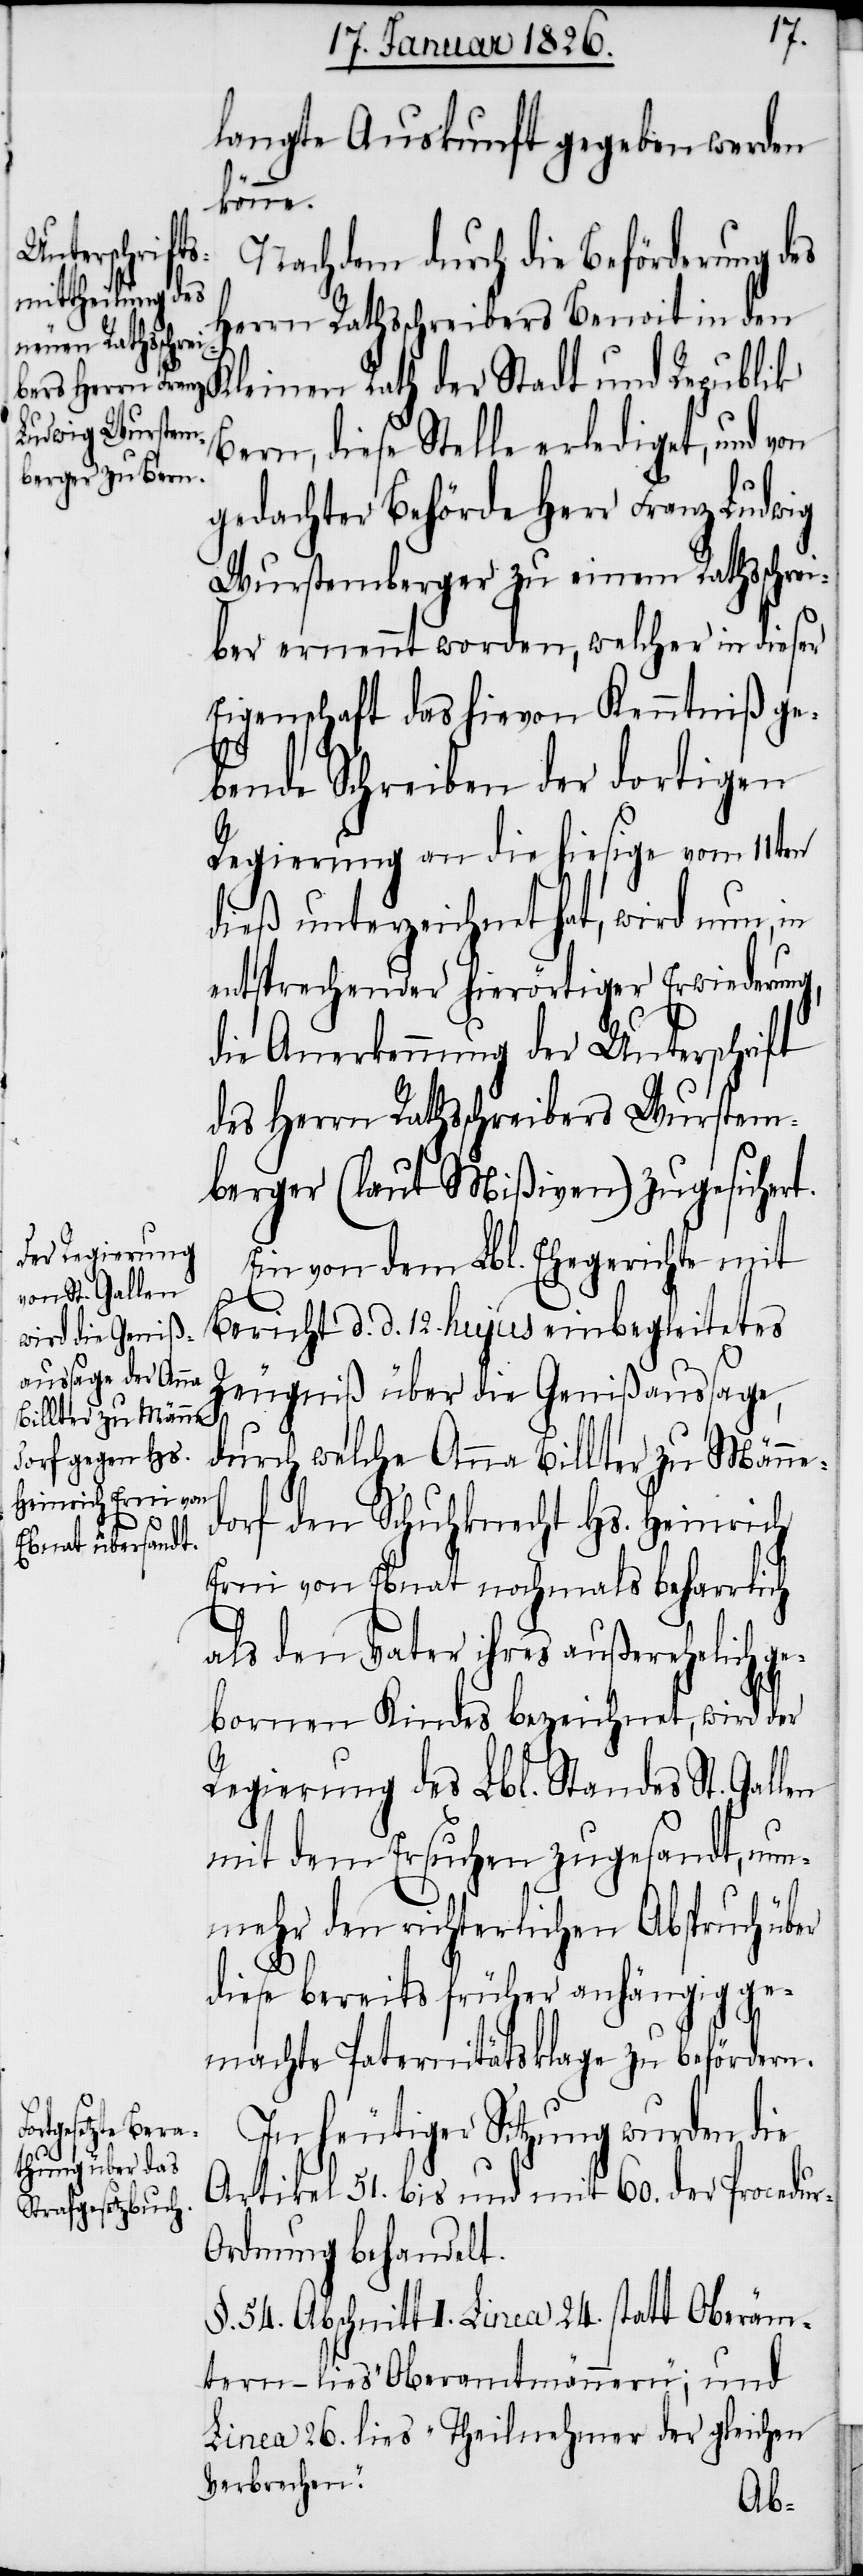
langte Auskunft gegeben werden
könne.
Nachdem durch die Beförderung des
Herrn Rathsschreibers Benoit in den
Kleinen Rath der Stadt und Republik
Bern, diese Stelle erlediget, und von
gedachter Behörde Herr Franz Ludwig
Wurstemberger zu einem Rathsschrei¬
ber ernennt worden, welcher in dieser
Eigenschaft das hievon Kenntniß ge¬
bende Schreiben der dortigen
Regierung an die hiesige vom 11ten
dieß unterzeichnet hat, wird nun, in
entsprechender hierörtiger Erwiederung,
die Anerkennung der Unterschrift
des Herrn Rathsschreibers Wurstem¬
berger (laut Mißiven) zugesichert.
Ein von dem Lbl. Ehegerichte mit
Bericht d. d. 12. hujus einbegleitetes
Zeugniß über die Genißaussage,
durch welche Anna Billter zu Männe¬
dorf den Schuhknecht Hs. Heinrich
Erni von Ebnat nochmals beharrlich
als den Vater ihres außerehelich g¬
ebornen Kindes bezeichnet, wird der
Regierung des Lbl. Standes St. Gallen
mit dem Ersuchen zugesandt, nun¬
mehr den richterlichen Abspruch über
diese bereits früher anhängig ge¬
machte Paternitätsklage zu befördern.
In heutiger Sitzung wurden die
Artikel 51. bis und mit 60. der Procedur-O¬
rdnung behandelt.
§. 54. Abschnitt I. Linea 24. statt Oberäm¬
tern – lies „Oberamtmännern“; und
Linea 26. lies „Theilnehmer der gleichen
Verbrechen.“